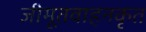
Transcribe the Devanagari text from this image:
जीमूतवाहनकृत